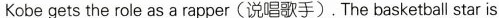
Kobe gets the role as a rapper (说唱歌手). The basketball star is